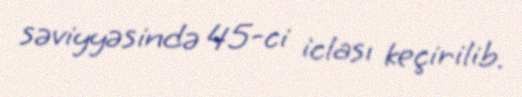
səviyyəsində 45-ci iclası keçirilib.